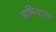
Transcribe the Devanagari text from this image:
अभियाना